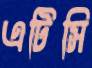
এটিসি